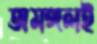
অমঙ্গলই